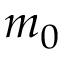
m _ { 0 }